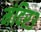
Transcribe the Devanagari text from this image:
मंदिर३